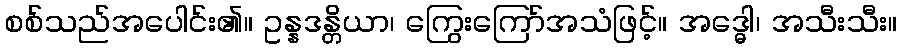
စစ်သည်အပေါင်း၏။ ဥန္နဒန္တိယာ၊ ကြွေးကြော်အသံဖြင့်။ အဒ္ဓေါ၊ အသီးသီး။